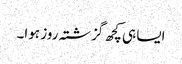
ایسا ہی کچھ گزشتہ روز ہوا۔